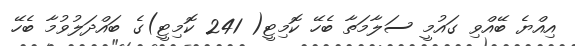
އިއްޔެ ބޭއްވި ގައުމީ ސަލާމަތާ ބެހޭ ކޮމިޓީ( 241 ކޮމިޓީ)ގެ ބައްދަލުވުމާ ބެހޭ